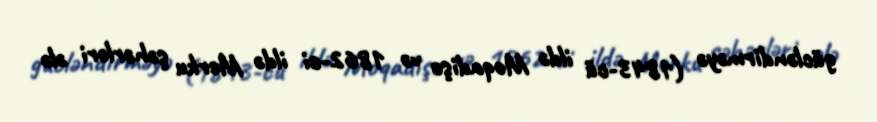
gücləndirməyə (1843-cü ildə Moqadişo və 1862-ci ildə Merku şəhərləri ələ